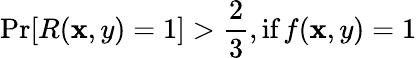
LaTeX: \operatorname*{Pr}[R(\mathbf{x},y)=1]>{\frac{{2}}{{3}}},{\textrm{{if}}}\, f(\mathbf{x},y)=1